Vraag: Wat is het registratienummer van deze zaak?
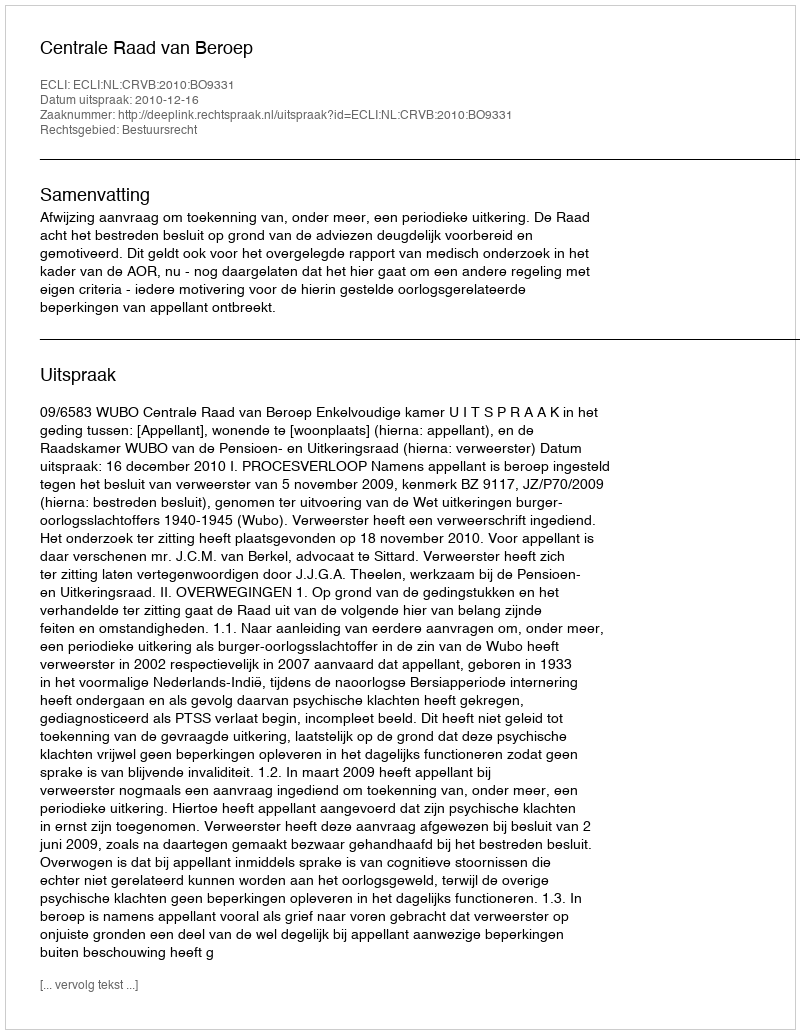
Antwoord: http://deeplink.rechtspraak.nl/uitspraak?id=ECLI:NL:CRVB:2010:BO9331